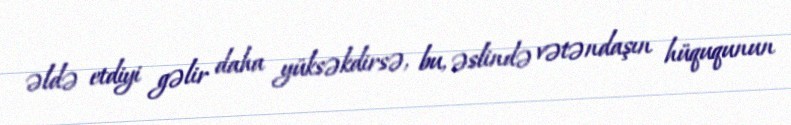
əldə etdiyi gəlir daha yüksəkdirsə, bu, əslində vətəndaşın hüququnun